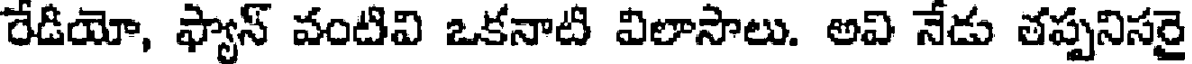
రేడియో, ఫ్యాన్ వంటివి ఒకనాటి విలాసాలు. అవి నేడు తప్పనిసరై